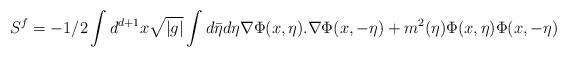
LaTeX: \begin{align*}S^{f}=-1/2\int d^{d+1}x\sqrt{|g|}\int d\bar{\eta}d\eta \nabla\Phi(x,\eta).\nabla\Phi(x,-\eta)+m^{2}(\eta)\Phi(x,\eta)\Phi(x,-\eta)\end{align*}